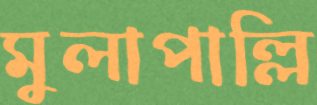
মুলাপাল্লি